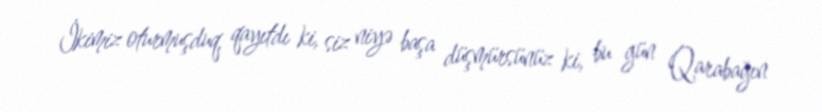
İkimiz oturmuşduq, qayıtdı ki, siz niyə başa düşmürsünüz ki, bu gün Qarabağın